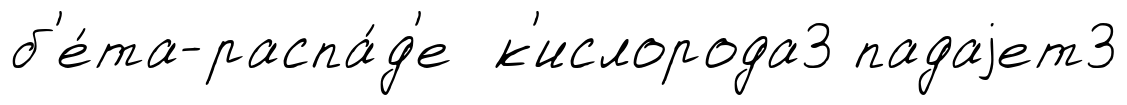
б'е́та-распа́д'е к'ислорода3 падаjет3